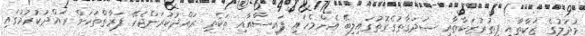
މުދަލުގެ ޒަކާތާއި ފިޠުރުޒަކާތާއި ޞަދަޤާތުގެގޮތުގައިލިބޭ އެންމެހައި ފައިސާއާއި ތަކެތި ރައްދުކުރަންޖެހޭ ފަރާތްތަކަށް ރައްދުކުރުމުގައި